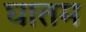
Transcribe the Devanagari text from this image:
घातम